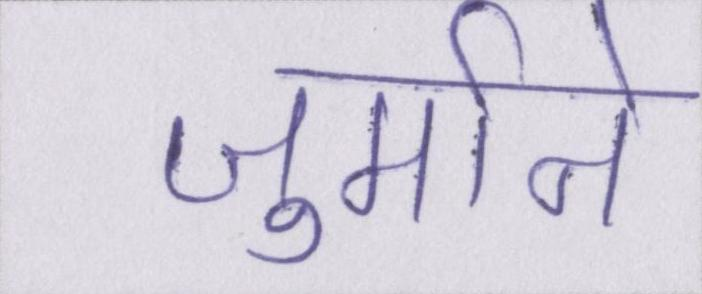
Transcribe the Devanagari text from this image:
जुर्माने